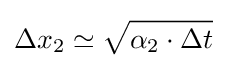
\Delta x_{2}\simeq {\sqrt {\alpha _{2}\cdot \Delta t}}